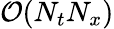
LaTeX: \mathcal{O}(N_{t}N_{x})